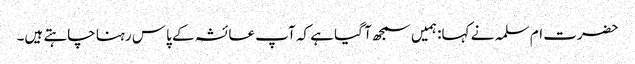
حضرت ام سلمہ نے کہا: ہمیں سمجھ آ گیا ہے کہ آپ عائشہ کے پاس رہنا چاہتے ہیں۔